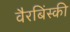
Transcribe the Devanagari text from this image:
वैरबिंस्की